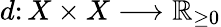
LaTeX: d\colon X\times X\longrightarrow\mathbb{R}_{\geq 0}